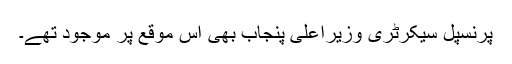
پرنسپل سیکرٹری وزیراعلیٰ پنجاب بھی اس موقع پر موجود تھے۔